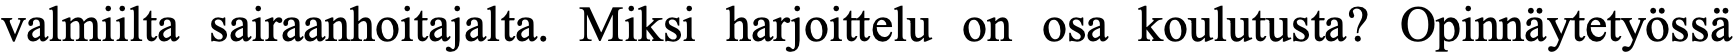
valmiilta sairaanhoitajalta. Miksi harjoittelu on osa koulutusta? Opinnäytetyössä